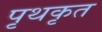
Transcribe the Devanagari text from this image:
पृथकृत